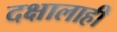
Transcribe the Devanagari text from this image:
दक्षालाही